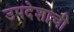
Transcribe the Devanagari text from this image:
उपदेशाची